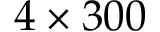
4 \times 3 0 0